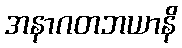
အနာဂတဘယာနိ